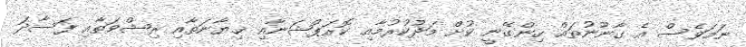
ނަމަވެސް އެ ގާނޫނުތައް ހިންގޭނީ ކުށް މަދުކުރުމާއި ކޮރަޕްޝަނާއި ޚިޔާނަތާއި ރިޝްވަތާއި ފަސާދަ